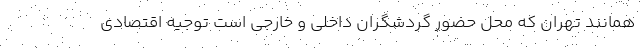
همانند تهران که محل حضور گردشگران داخلی و خارجی است توجیه اقتصادی